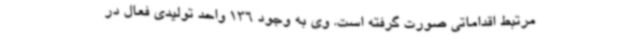
مرتبط اقداماتی صورت گرفته است. وی به وجود 136 واحد تولیدی فعال در